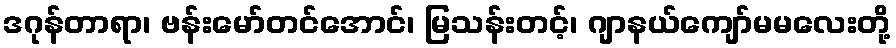
ဒဂုန်တာရာ၊ ဗန်းမော်တင်အောင်၊ မြသန်းတင့်၊ ဂျာနယ်ကျော်မမလေးတို့